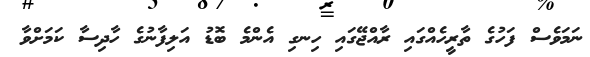
ނަމަވެސް ފަހުގެ ތާރީހެއްގައި ރާއްޖޭގައި ހިނގި އެންމެ ބޮޑު އަލިފާނުގެ ހާދިސާ ކަމަށްވާ